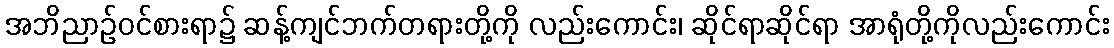
အဘိညာဉ်ဝင်စားရာ၌ ဆန့်ကျင်ဘက်တရားတို့ကို လည်းကောင်း၊ ဆိုင်ရာဆိုင်ရာ အာရုံတို့ကိုလည်းကောင်း